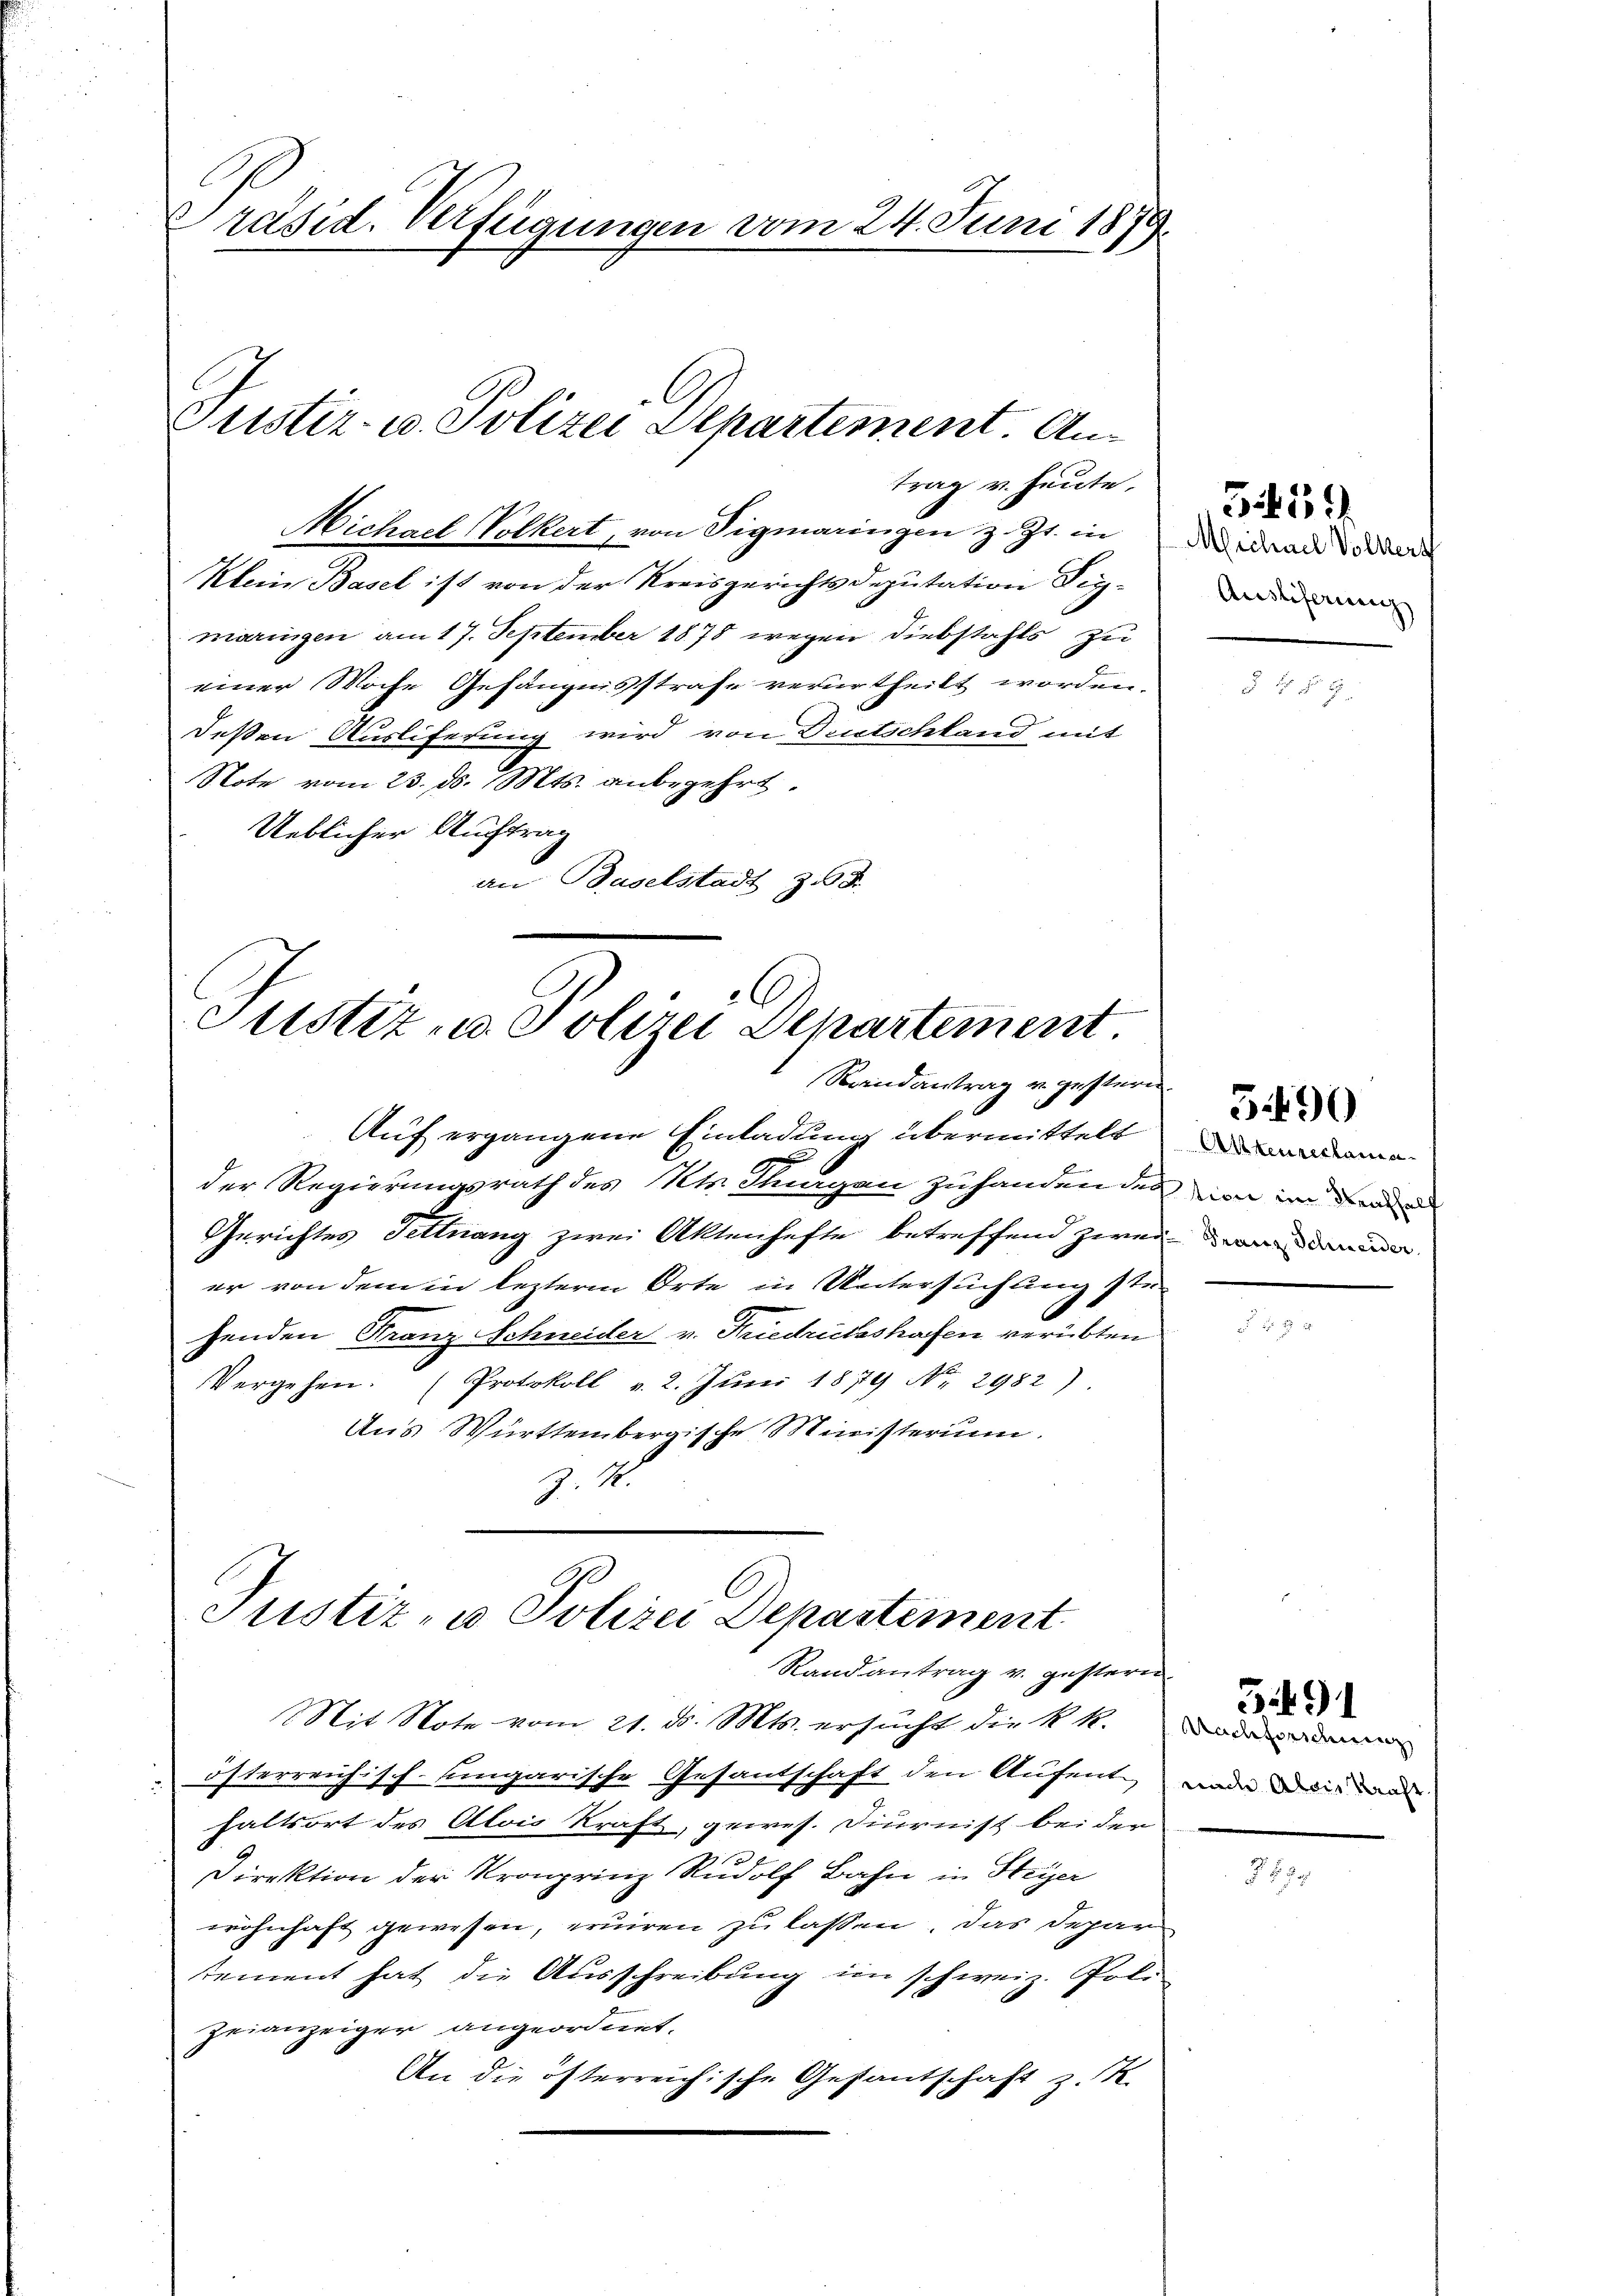
Präsid. Verfügungen vom 24. Juni 1879.

Justiz- u. Polizei Departement. An
trag u. heute.

Michael Wolkert, von Sigmaringen z. Zt. in Widerrade oder
Klein Basel ist von der Kreisgerichtsdeputation Beymaringen am 17. September 1878 wegen Diebstahls zu
einer Woche Gefängnisstrafe verurtheilt worden.
deßen Ausliferung wird von Deutschland mit
Note vom 23. d. Mts. anbegehrt.
Ueblicher Auftrag
an Baselstadt z. B.

Justiz u. Polizei Departement
Randantrag u. gestern

Auf ergangene Einladung übermittelt
der Regierungsrath des Kts. Flurgen zu handen de
Gerichtes Fettnang zwei Aktenhefte betreffend zwe
er von dem in lezterm Orte in Untersuchung st
henden Franz Schneider v. Friedrichsshafen verübten
Vergehen. (Protokoll v. 2. Juni 1879 No 2982).
Aus Württembergische Ministerium.
J. M.

Justiz- u. Polizei Departement
Randantrag v. gestern

Mit Note vom 21. d. Mts. ersucht die k. k. Boden
 österreichisch. Ungarische Gesantschaft den Aufent
haltsort des Alois Kraft, gewes. Diurnist bei der
Direktion der Kronprinz Rudolf Bahn in Steyer
wohnhaft gewesen, eruiren zu lassen. Das Depar
tement hat die Ausschreibung im schweiz. Poli-
Zeianzeiger angeordnet.
An die österreichische Gestantschaft z. K.

Ausliferung

359

Ateurerkannption im Neuhhelf
s Franz Schneider

390

nach Alois Kraft.

889.

2 § 8

391